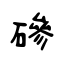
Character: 磣